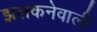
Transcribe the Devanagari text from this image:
झलकनेवाली